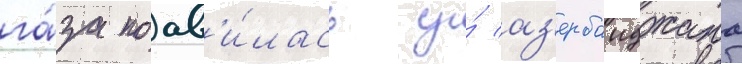
га́за поав'и́лась у́ аз'ербаиджана